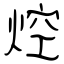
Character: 焢